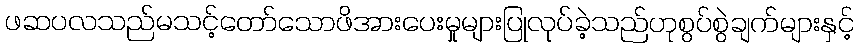
ဖဆပလသည်မသင့်တော်သောဖိအားပေးမှုများပြုလုပ်ခဲ့သည်ဟုစွပ်စွဲချက်များနှင့်